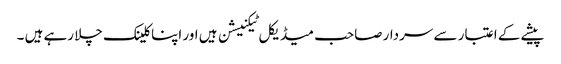
پیشے کے اعتبار سے سردار صاحب میڈیکل ٹیکنیشن ہیں اور اپنا کلینک چلا رہے ہیں ۔